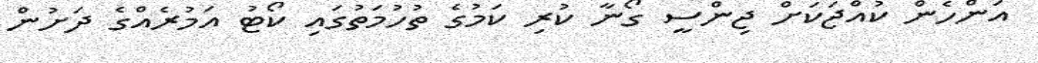
އަންހެން ކުއްޖަކަށް ޖިންސީ ގޯނާ ކުރި ކަމުގެ ތުހުމަތުގައި ކޯޓު އަމުރެއްގެ ދަށުން